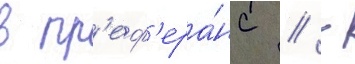
в пр'еф'ера́нс // -